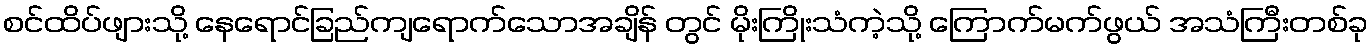
စင်ထိပ်ဖျားသို့ နေရောင်ခြည်ကျရောက်သောအချိန် တွင် မိုးကြိုးသံကဲ့သို့ ကြောက်မက်ဖွယ် အသံကြီးတစ်ခု